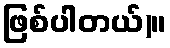
ဖြစ်ပါတယ်)။